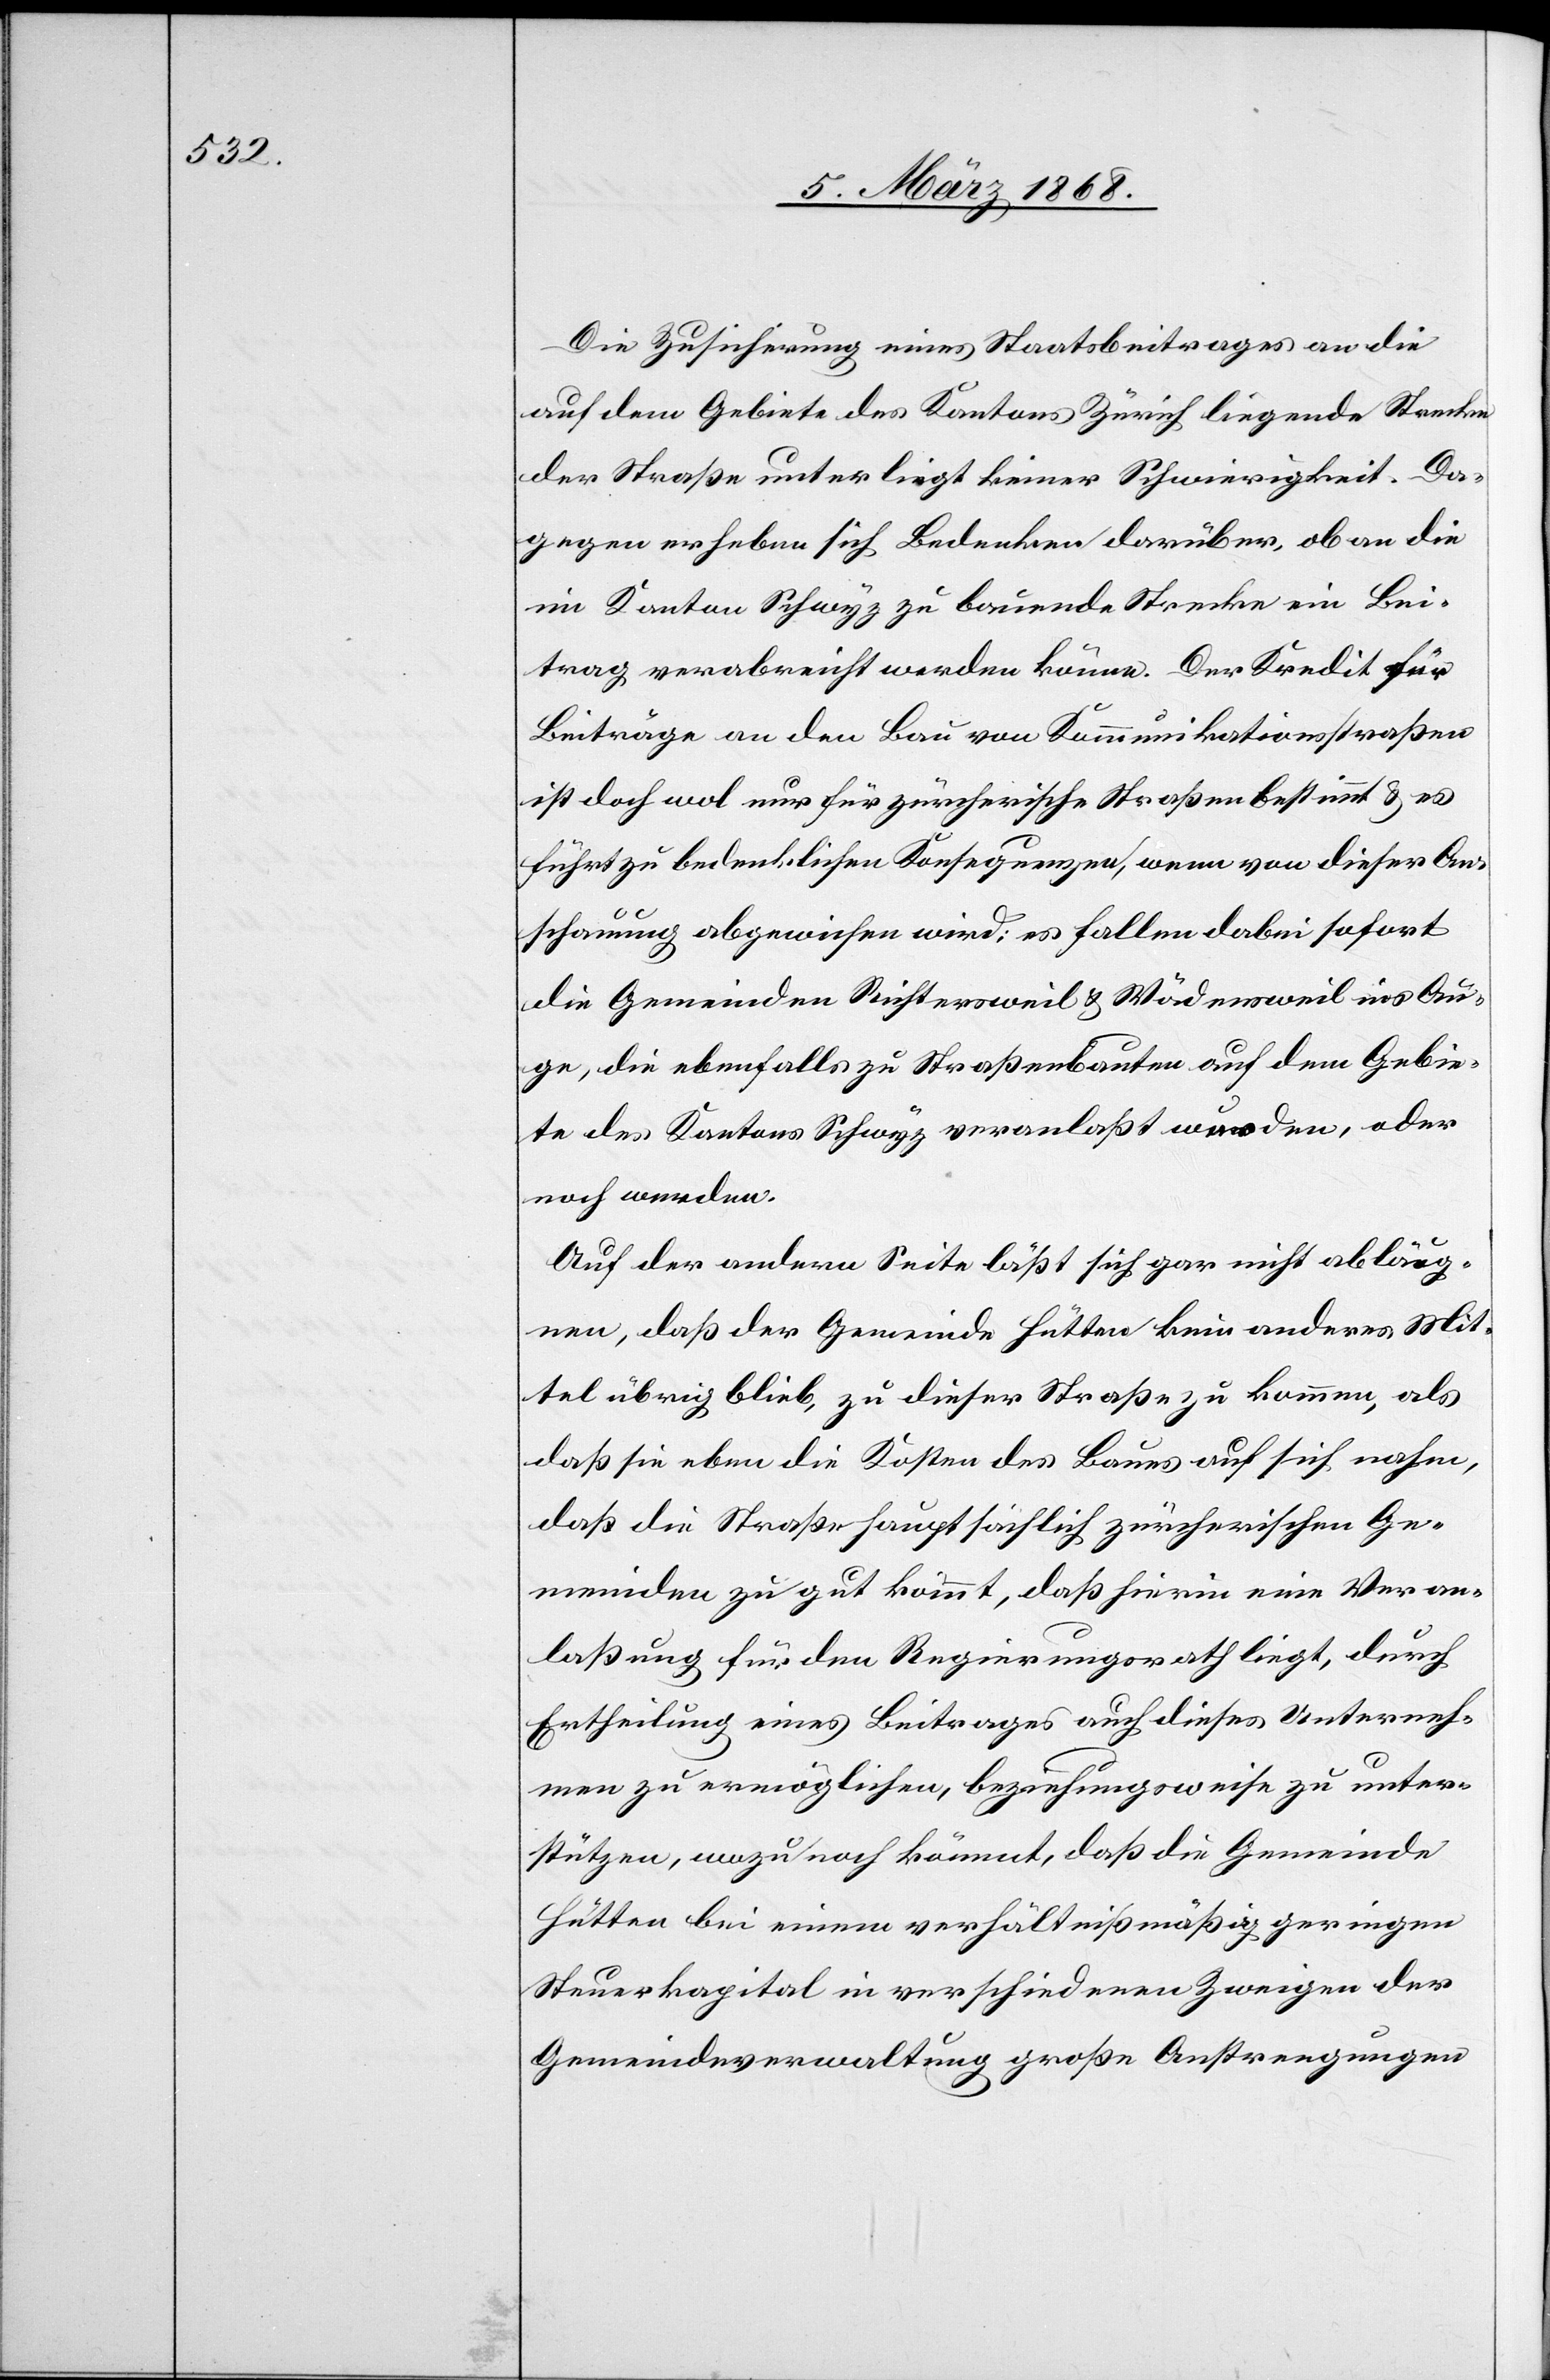
Die Zusicherung eines Staatsbeitrages an die
auf dem Gebiete des Kantons Zürich liegende Strecke
der Straße unterliegt keiner Schwierigkeit. Da¬
gegen erheben sich Bedenken darüber, ob an die
im Kanton Schwyz zu bauende Strecke ein Bei¬
trag verabreicht werden könne. Der Kredit für
Beiträge an den Bau von Kommunikationsstraßen
ist doch wol nur für zürcherische Straßen bestimmt & es
führt zu bedenklichen Konsequenzen, wenn von dieser An¬
schauung abgewichen wird; es fallen dabei sofort
die Gemeinden Richtersweil & Wädensweil ins Au¬
ge, die ebenfalls zu Straßenbauten auf dem Gebie¬
te des Kantons Schwyz veranlaßt wurden, oder
noch werden.
Auf der andern Seite läßt sich gar nicht abläug¬
nen, daß der Gemeinde Hütten kein anderes Mit¬
tel übrig blieb, zu dieser Straße zu kommen, als
daß sie eben die Kosten des Baues auf sich nahm,
daß die Straße hauptsächlich zürcherischen Ge¬
meinden zu gut kommt, daß hierin eine Veran¬
laßung für den Regierungsrath liegt, durch
Ertheilung eines Beitrages auch dieses Unterneh¬
men zu ermöglichen, beziehungsweise zu unter¬
stützen, wozu noch kömmt, daß die Gemeinde
Hütten bei einem verhältnißmäßig geringen
Steuerkapital in verschiedenen Zweigen der
Gemeindeverwaltung große Anstrengungen